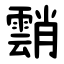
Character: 䨭